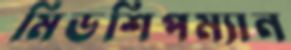
মিডশিপম্যান